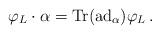
LaTeX: \begin{align*} \varphi_L \cdot \alpha = \mathrm{Tr}(\mathrm{ad}_{\alpha}) \varphi_L\,.\end{align*}